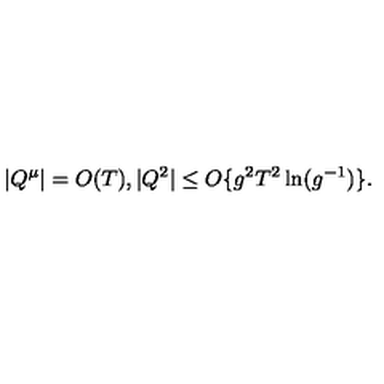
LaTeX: | Q ^ { \mu } | = O ( T ) , | Q ^ { 2 } | \leq O \{ g ^ { 2 } T ^ { 2 } \ln ( g ^ { - 1 } ) \} .